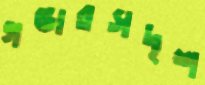
গণ্ডারসদৃশ